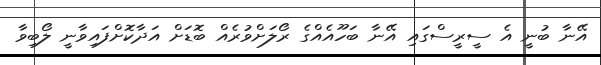
އޭނާ ބުނީ އެ ސީރީސްގައި އޭނާ ބަހޫއެއްގެ ރޯލަށްވުރެއް ބޮޑަށް އަދާކޮށްފައިވާނީ ލޯބިވާ